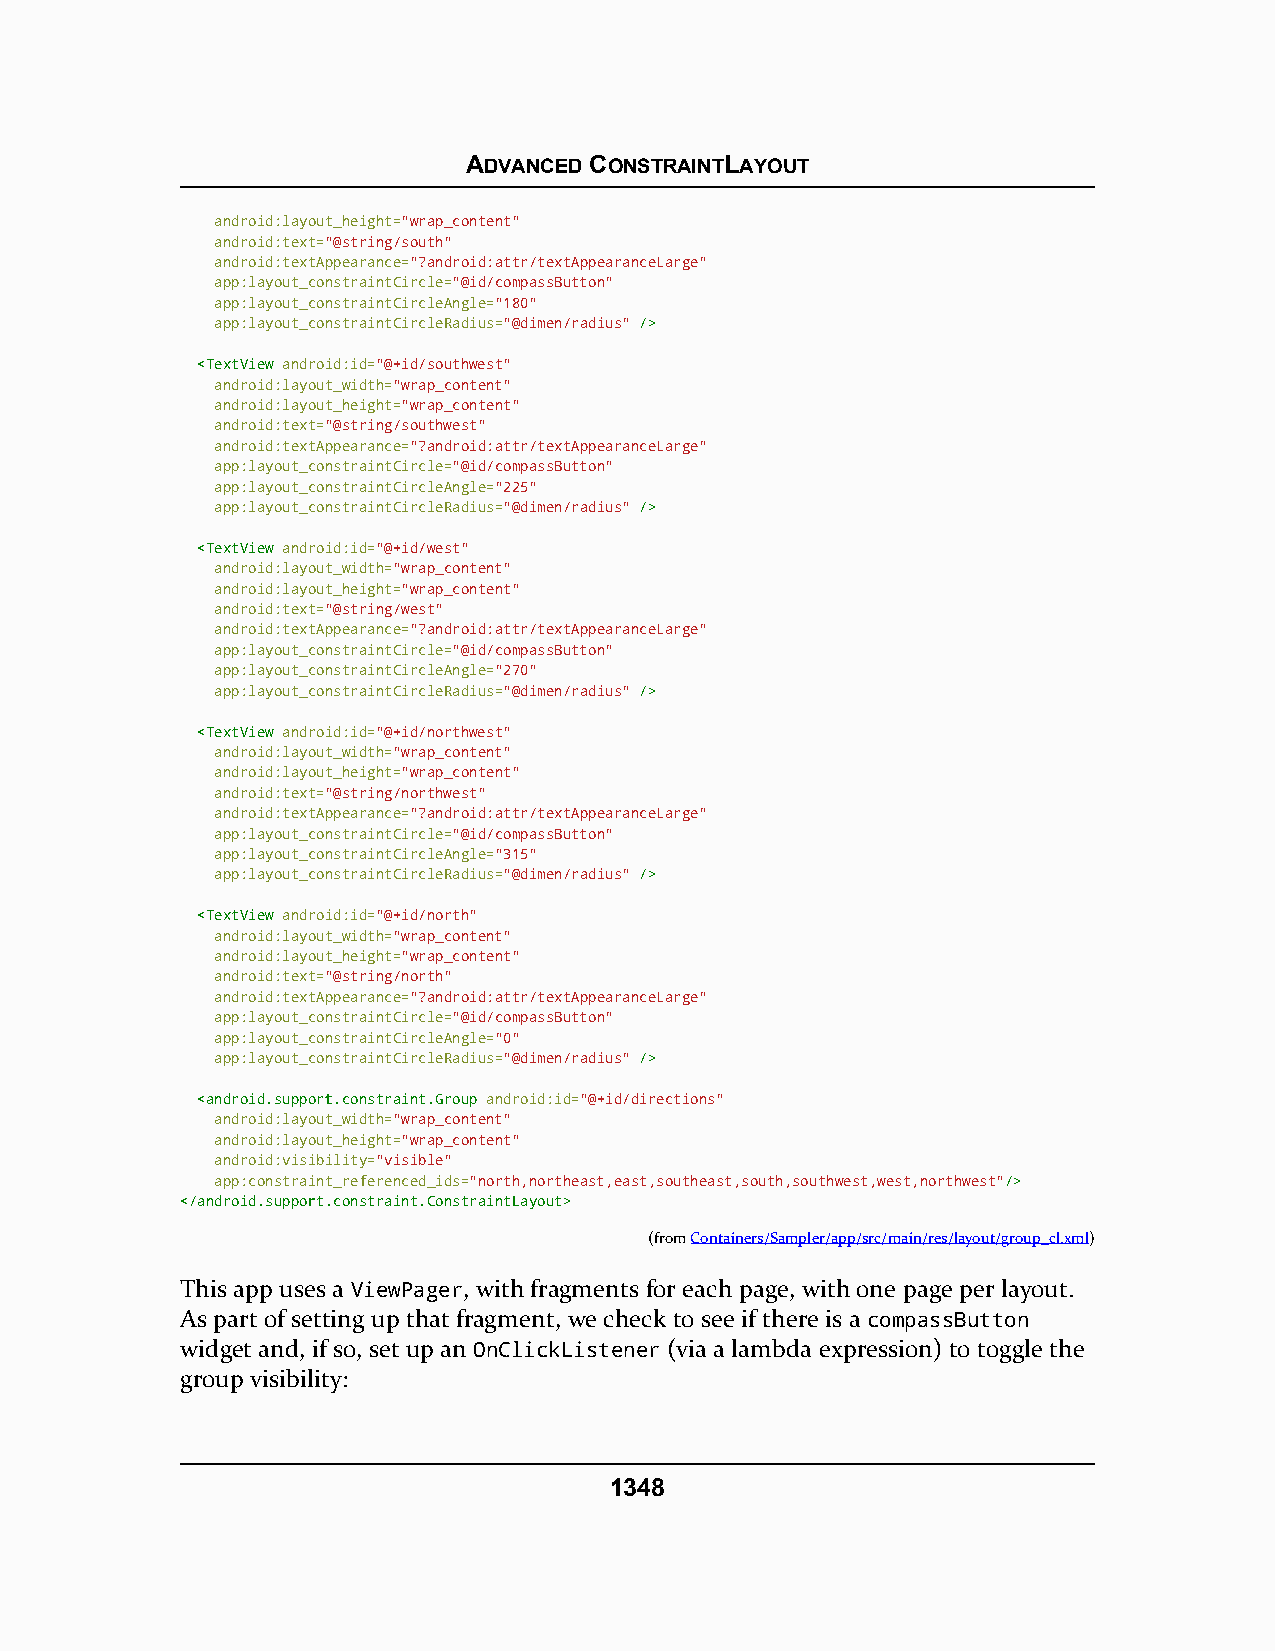
ADVANCED CONSTRAINTLAYOUT
 android:layout_height="wrap_content"
 android:text="@string/south"
 android:textAppearance="?android:attr/textAppearanceLarge"
 app:layout_constraintCircle="@id/compassButton"
 app:layout_constraintCircleAngle="180"
 app:layout_constraintCircleRadius="@dimen/radius" //>>
 <<TTeexxttVViieeww android:id="@+id/southwest"
 android:layout_width="wrap_content"
 android:layout_height="wrap_content"
 android:text="@string/southwest"
 android:textAppearance="?android:attr/textAppearanceLarge"
 app:layout_constraintCircle="@id/compassButton"
 app:layout_constraintCircleAngle="225"
 app:layout_constraintCircleRadius="@dimen/radius" //>>
 <<TTeexxttVViieeww android:id="@+id/west"
 android:layout_width="wrap_content"
 android:layout_height="wrap_content"
 android:text="@string/west"
 android:textAppearance="?android:attr/textAppearanceLarge"
 app:layout_constraintCircle="@id/compassButton"
 app:layout_constraintCircleAngle="270"
 app:layout_constraintCircleRadius="@dimen/radius" //>>
 <<TTeexxttVViieeww android:id="@+id/northwest"
 android:layout_width="wrap_content"
 android:layout_height="wrap_content"
 android:text="@string/northwest"
 android:textAppearance="?android:attr/textAppearanceLarge"
 app:layout_constraintCircle="@id/compassButton"
 app:layout_constraintCircleAngle="315"
 app:layout_constraintCircleRadius="@dimen/radius" //>>
 <<TTeexxttVViieeww android:id="@+id/north"
 android:layout_width="wrap_content"
 android:layout_height="wrap_content"
 android:text="@string/north"
 android:textAppearance="?android:attr/textAppearanceLarge"
 app:layout_constraintCircle="@id/compassButton"
 app:layout_constraintCircleAngle="0"
 app:layout_constraintCircleRadius="@dimen/radius" //>>
 <<aannddrrooiidd..ssuuppppoorrtt..ccoonnssttrraaiinntt..GGrroouupp android:id="@+id/directions"
 android:layout_width="wrap_content"
 android:layout_height="wrap_content"
 android:visibility="visible"
 app:constraint_referenced_ids="north,northeast,east,southeast,south,southwest,west,northwest"//>>
 <<//aannddrrooiidd..ssuuppppoorrtt..ccoonnssttrraaiinntt..CCoonnssttrraaiinnttLLaayyoouutt>>
 (fromContainers/Sampler/app/src/main/res/layout/group_cl.xml)
 This app uses a ViewPager, with fragments for each page, with one page per layout.
 As part of setting up that fragment, we check to see if there is a compassButton
 widget and, if so, set up an OnClickListener (via a lambda expression) to toggle the
 group visibility:
 1348